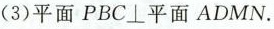
(2)平面PBC⊥平面ADMN。